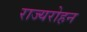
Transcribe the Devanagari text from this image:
राज्यरोहन